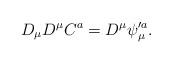
LaTeX: \begin{align*}D_\mu D^\mu C^a=D^\mu \psi_\mu^{\prime a}.\end{align*}